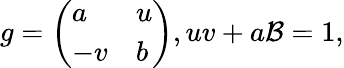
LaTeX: g=\left(\begin{array}{ll}{{a}}&{{u}}\\ {{-v}}&{{b}}\end{array}\right),uv+a\mathcal{B}=1,